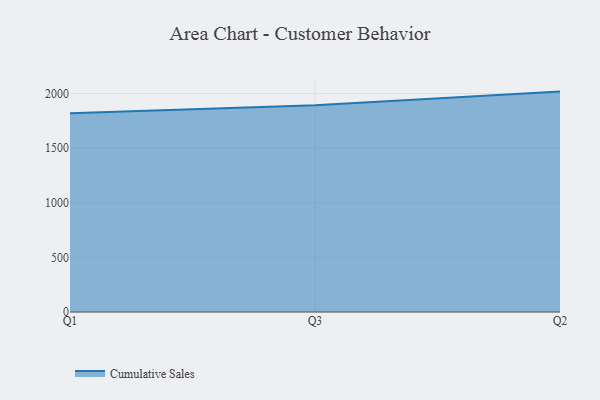
{"axis": {"x": "Quarter", "y": "Gross Profit (USD K)"}, "legend": ["Cumulative Sales"], "data": [{"x": "Q1", "y": 1818.2, "type": "Cumulative Sales"}, {"x": "Q3", "y": 1892.7, "type": "Cumulative Sales"}, {"x": "Q2", "y": 2017.5, "type": "Cumulative Sales"}]}